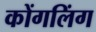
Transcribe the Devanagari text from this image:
कोंगलिंग